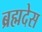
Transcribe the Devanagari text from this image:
ब्रह्मदेस